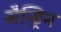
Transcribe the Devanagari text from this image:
सैन्ड्रिन